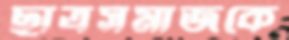
ছাত্রসমাজকে